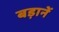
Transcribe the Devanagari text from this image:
बड़ानें